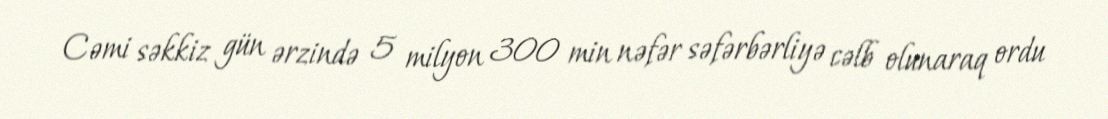
Cəmi səkkiz gün ərzində 5 milyon 300 min nəfər səfərbərliyə cəlb olunaraq ordu